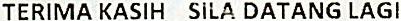
TERIMA KASIH SILA DATANG LAGI